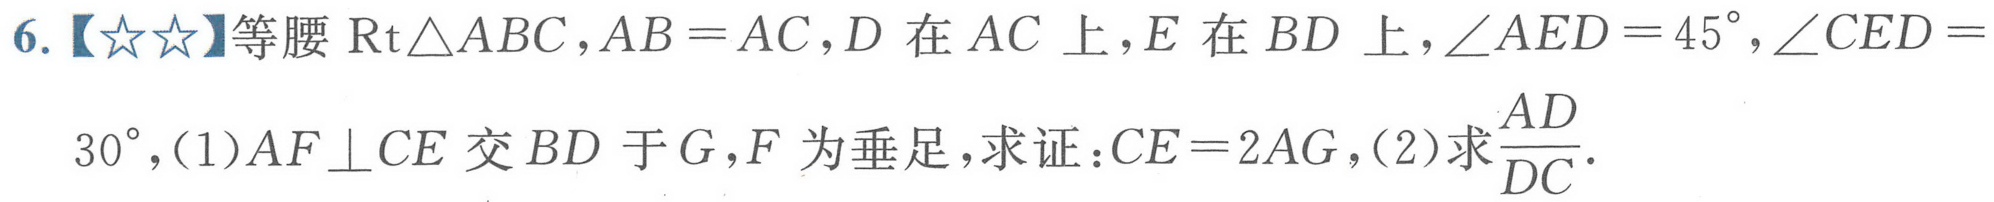
6.【★★】等腰$\text{Rt}\triangle ABC,AB = AC,D$在$AC$上，$E$在$BD$上，$\angle AED = 45^{\circ},\angle CED = 30^{\circ},$(1)$AF\perp CE$交$BD$于$G,F$为垂足，求证：$CE = 2AG$,(2)求$\dfrac{AD}{DC}.$